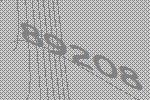
89208